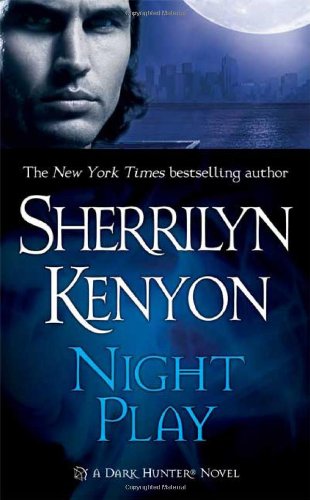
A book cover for Night Play (Dark-Hunter, Book 6); Sherrilyn Kenyon; Romance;